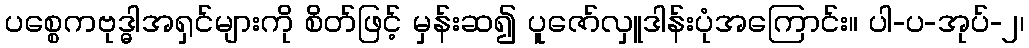
ပစ္စေကဗုဒ္ဓါအရှင်များကို စိတ်ဖြင့် မှန်းဆ၍ ပူဇော်လှူဒါန်းပုံအကြောင်း။ ပါ-ပ-အုပ်-၂၊